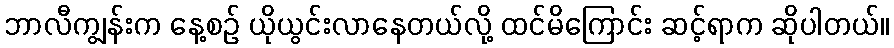
ဘာလီကျွန်းက နေ့စဉ် ယိုယွင်းလာနေတယ်လို့ ထင်မိကြောင်း ဆင့်ရာက ဆိုပါတယ်။